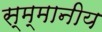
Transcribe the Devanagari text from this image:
स्म्मानीय